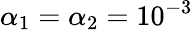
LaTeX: \alpha_{1}=\alpha_{2}=10^{-3}